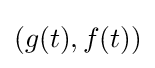
(g(t),f(t))